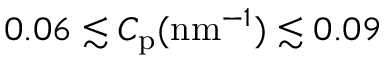
0 . 0 6 \lesssim C _ { \mathrm { p } } ( \mathrm { n m } ^ { - 1 } ) \lesssim 0 . 0 9